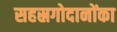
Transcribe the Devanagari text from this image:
सहस्रगोदानोंका